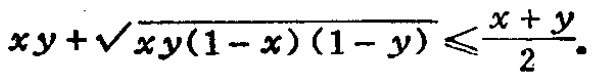
\(xy+\sqrt{xy(1 - x)(1 - y)}\leqslant\frac{x + y}{2}\)